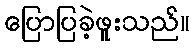
ပြောပြခဲ့ဖူးသည်။